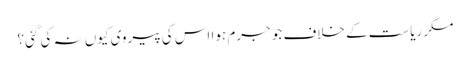
مگر ریاست کے خلاف جو جرم ہوا اس کی پیروی کیوں نہ کی گئی؟